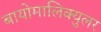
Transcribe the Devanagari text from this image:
बायोमालिक्युलर